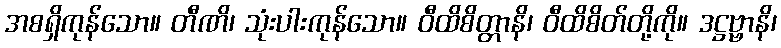
အစရှိကုန်သော။ တီဏိ၊ သုံးပါးကုန်သော။ ဝီထိစိတ္တာနိ၊ ဝီထိစိတ်တို့ကို။ ဒဋ္ဌဗ္ဗာနိ၊